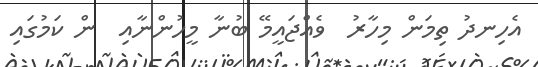
އެހިނދު ތިމަން މިހާރު  ވެއްޖައީމޭ ބުނާ މީހުންނާއި  ން ކަމުގައި